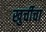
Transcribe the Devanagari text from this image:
खुर्चीचा